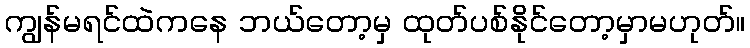
ကျွန်မရင်ထဲကနေ ဘယ်တော့မှ ထုတ်ပစ်နိုင်တော့မှာမဟုတ်။